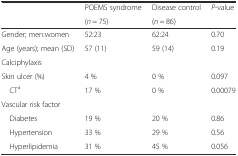
<table><thead><tr><td></td><td><b>POEMS syndrome</b></td><td><b>Disease control</b></td><td><b><i>P</i>-value</b></td></tr><tr><td></td><td><b>(<i>n</i> = 75)</b></td><td><b>(<i>n</i> = 86)</b></td><td></td></tr></thead><tbody><tr><td>Gender; men:women</td><td>52:23</td><td>62:24</td><td>0.70</td></tr><tr><td>Age (years); mean (SD)</td><td>57 (11)</td><td>59 (14)</td><td>0.19</td></tr><tr><td>Calciphylaxis</td><td></td><td></td><td></td></tr><tr><td>Skin ulcer (%)</td><td>4 %</td><td>0 %</td><td>0.097</td></tr><tr><td> CT<sup>a</sup></td><td>17 %</td><td>0 %</td><td>0.00079</td></tr><tr><td>Vascular risk factor</td><td></td><td></td><td></td></tr><tr><td> Diabetes</td><td>19 %</td><td>20 %</td><td>0.86</td></tr><tr><td> Hypertension</td><td>33 %</td><td>29 %</td><td>0.56</td></tr><tr><td> Hyperlipidemia</td><td>31 %</td><td>45 %</td><td>0.056</td></tr></tbody></table>